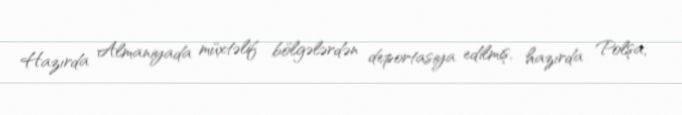
Hazırda Almaniyada müxtəlif bölgələrdən deportasiya edilmiş, hazırda Polşa,